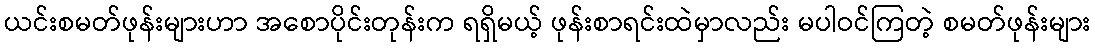
ယင်းစမတ်ဖုန်းများဟာ အစောပိုင်းတုန်းက ရရှိမယ့် ဖုန်းစာရင်းထဲမှာလည်း မပါဝင်ကြတဲ့ စမတ်ဖုန်းများ